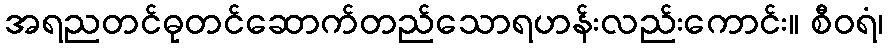
အရညတင်ဓုတင်ဆောက်တည်သောရဟန်းလည်းကောင်း။ စီဝရံ၊